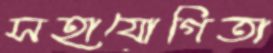
সহাযোগিতা